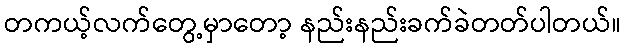
တကယ့်လက်တွေ့မှာတော့ နည်းနည်းခက်ခဲတတ်ပါတယ်။